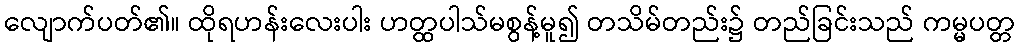
လျောက်ပတ်၏။ ထိုရဟန်းလေးပါး ဟတ္ထပါသ်မစွန့်မူ၍ တသိမ်တည်း၌ တည်ခြင်းသည် ကမ္မပတ္တ